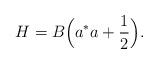
LaTeX: \begin{align*} H = B \Bigl( a^* a + \frac{1}{2} \Bigr).\end{align*}